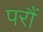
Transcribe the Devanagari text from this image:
परौं